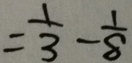
= \frac { 1 } { 3 } - \frac { 1 } { 8 }